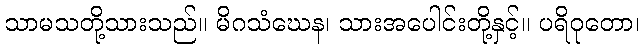
သာမသတို့သားသည်။ မိဂသံဃေန၊ သားအပေါင်းတို့နှင့်။ ပရိဝုတော၊